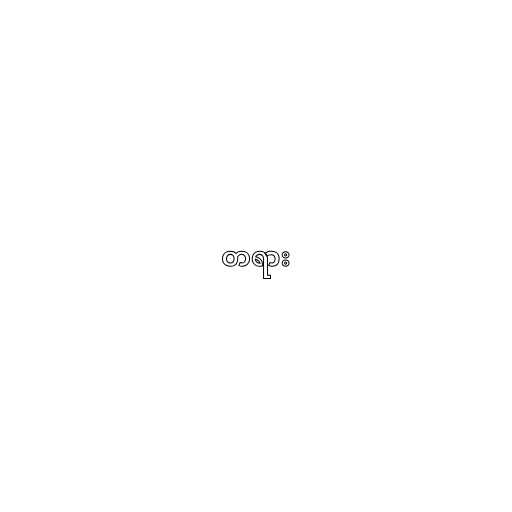
တရား